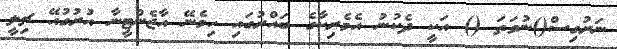
ނަރުގިސް()ނުވަތަ () އަކީ ދެކުނު އެމެރިކާގެ ބައްރުގައި ހިމެނޭ އާޖެންޓީނާ އުރުގުއޭ ޗިލީ